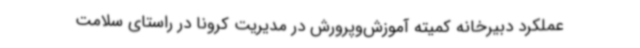
عملکرد دبیرخانه کمیته آموزش‌وپرورش در مدیریت کرونا در راستای سلامت